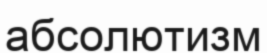
абсолютизм